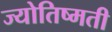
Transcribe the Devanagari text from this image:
ज्योतिष्मती